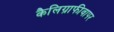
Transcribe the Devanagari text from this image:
कैलिग्राफीवापर